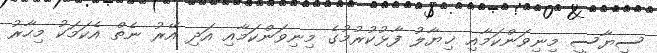
ސިޔާސީ މިނިވަންކަމާއި ޚިޔާލު ފާޅުކުރުމުގެ މިނިވަންކަމާއި އަދި އޭރު ނެތް އެކަމަކު މިހާރު